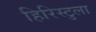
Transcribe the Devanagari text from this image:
हिरिस्टुला